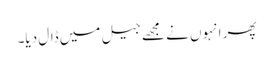
پھر انہوں نے مجھے جیل میں ڈال دیا۔